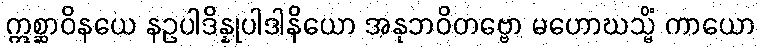
ဣစ္ဆာဝိနယေ နဥပါဒိန္နုပါဒါနိယော အနုဘဝိတဗ္ဗော မဟောဃသ္မိံ ကာယော